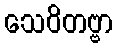
သေဝိတဗ္ဗာ